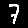
Digit: 7